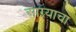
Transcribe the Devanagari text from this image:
आग्र्याचा